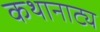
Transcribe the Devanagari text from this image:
कथानाट्य